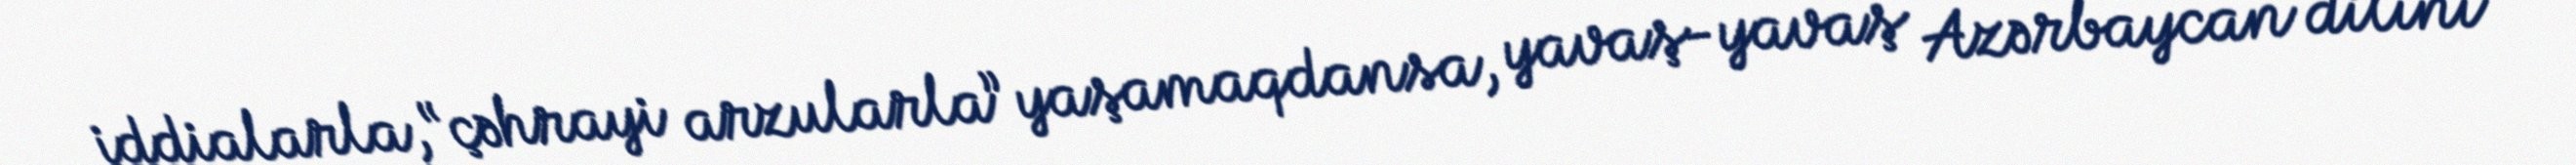
iddialarla, “çəhrayi arzularla” yaşamaqdansa, yavaş-yavaş Azərbaycan dilini